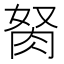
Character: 胬